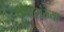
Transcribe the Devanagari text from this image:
पृष्टसंख्या